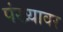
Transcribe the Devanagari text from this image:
पंख्यावर